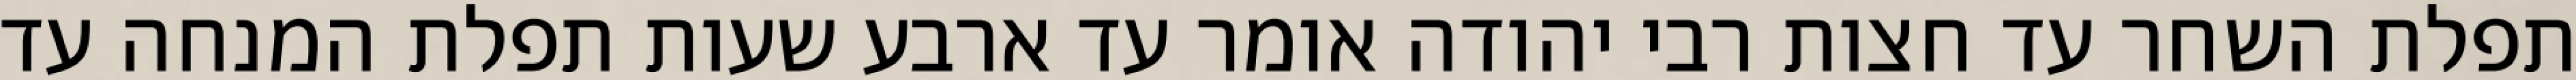
תפלת השחר עד חצות רבי יהודה אומר עד ארבע שעות תפלת המנחה עד